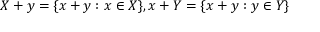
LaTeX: X + y = \{ x + y : x \in X \} , x + Y = \{ x + y : y \in Y \}